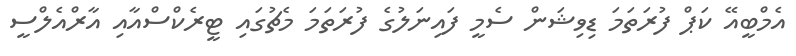
އެމްބީއޭ ކަޕް ފުރަތަމަ ޑިވިޝަން ސެމީ ފައިނަލުގެ ފުރަތަމަ މެޗުގައި ޓީރެކްސްއާއި އާރްއެލްސީ